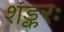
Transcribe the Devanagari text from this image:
शङ्करः